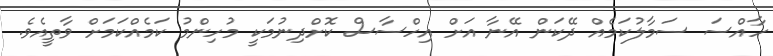
ހާއްސަ ސަމާލުކަމެއް ދޭކަން އޭނާ އަށް އިހްސާސް ކޮށްދިނުމަކީ މުހިންމު ކަމެއްކަމަށް ވާތީއެވެ.